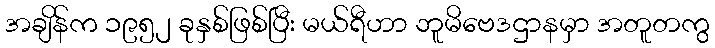
အချိန်က ၁၉၅၂ ခုနှစ်ဖြစ်ပြီး မယ်ရီဟာ ဘူမိဗေဒဌာနမှာ အတူတကွ